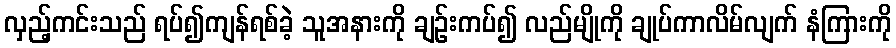
လှည့်ကင်းသည် ရပ်၍ကျန်ရစ်ခဲ့ သူအနားကို ချဉ်းကပ်၍ လည်မျိုကို ချုပ်ကာလိမ်လျက် နံကြားကို